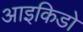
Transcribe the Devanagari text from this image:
आइकिडो